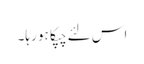
اس لئے چپکا ہو رہا۔